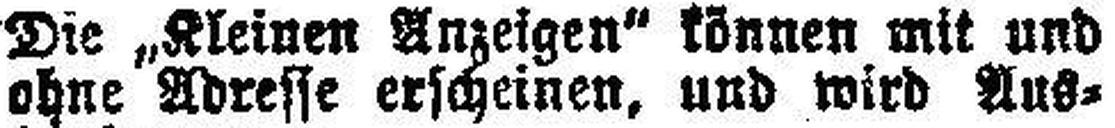
ohne Adresse erscheinen, und wird Aus¬